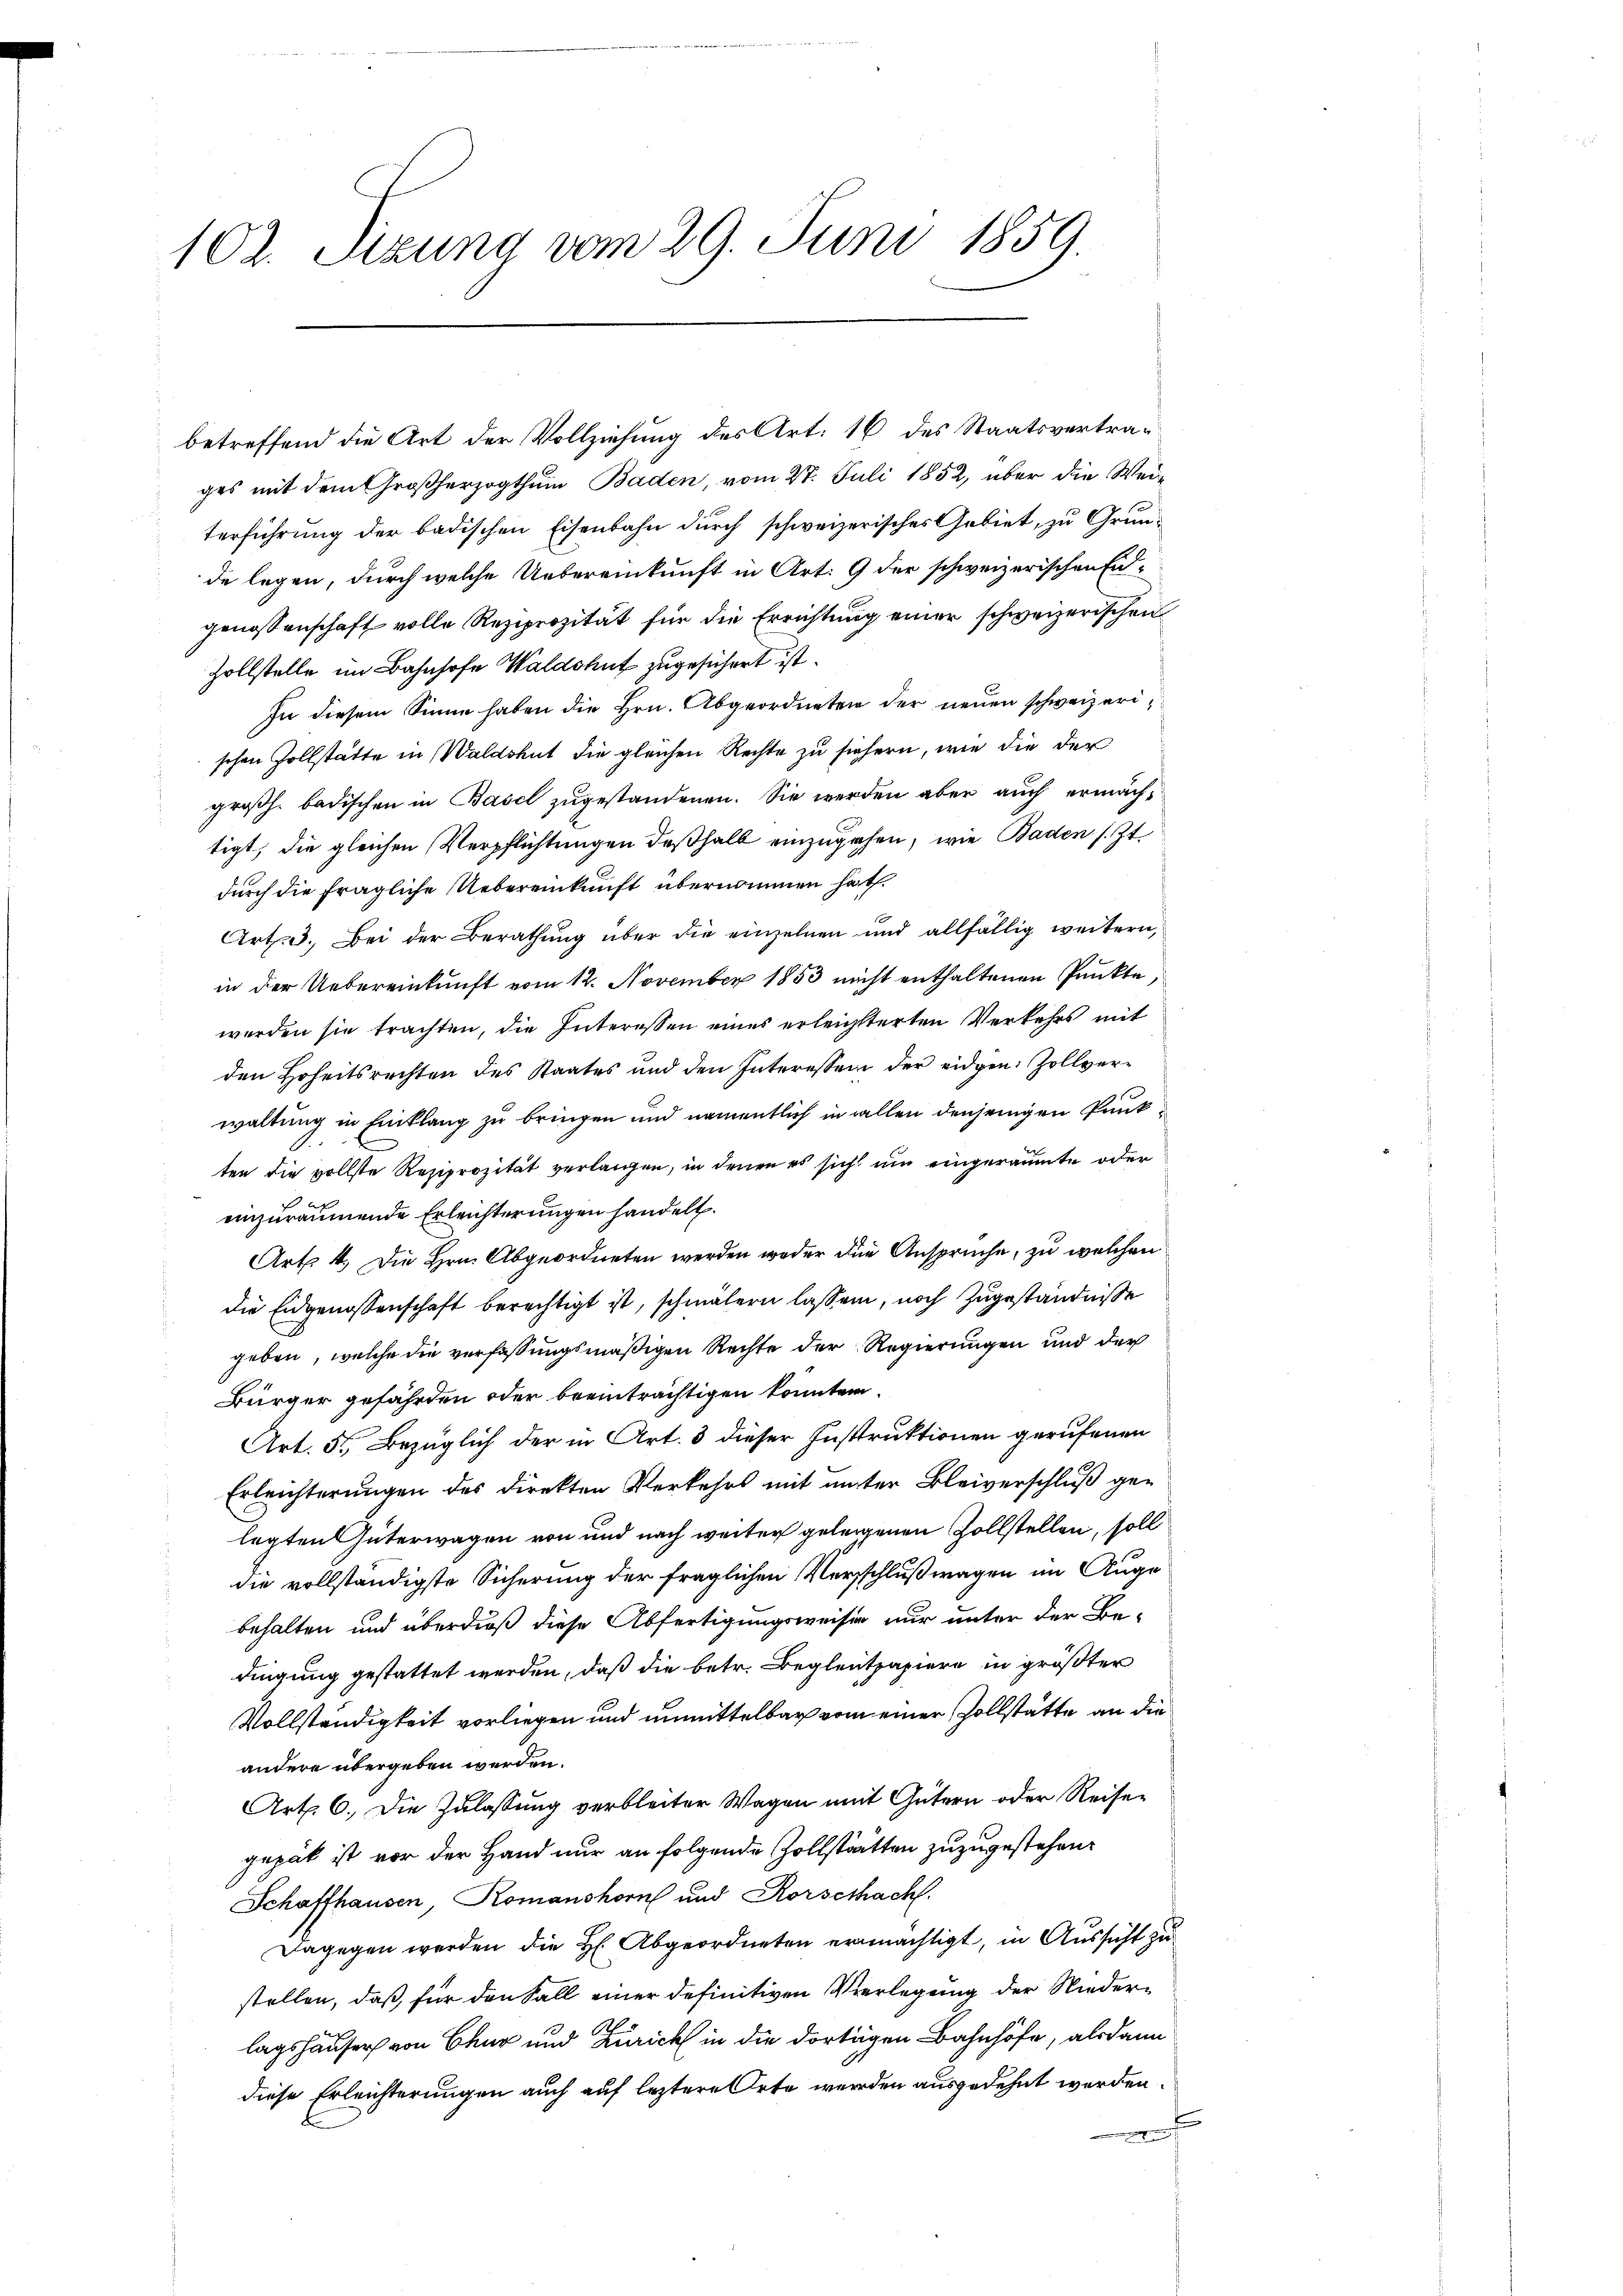
102. Sizung vom 29. Juni 1859.

betreffend die Art der Vollziehung des Art. 16 des Staatsvertrages mit dem Großherzogthum Baden, vom 27. Juli 1852, über die Weiterführung der badischen Eisenbahn durch schweizerisches Gebiet, zu Grunde legen, durch welche Uebereinkunft in Art. 9 der schweizerischen Engenossenschaft volle Reziprozität für die Errichtung einer schweizerischen
Zollstelle im Bahnhofe Waldshut zugesichert ist.
In diesem Sinne haben die Hrn. Abgeordneten der neuen schweizerischen Zollstätte in Waldshut die gleichen Rechte zu sichern, wie die der
großh. badischen in Basel zugestandenen. Sie werden aber auch ermächtigt, die gleichen Verpflichtungen deßhalb einzugehen, wie Baden s. Zt.
durch die fragliche Uebereinkunft übernommen hat.
Art. 3. Bei der Berathung über die einzelnen und allfällig weitern,
in der Uebereinkunft vom 12. November 1853 nicht enthaltenen Punkte
werden sie trachten, die Interessen eines erleichtterten Verkehrs mit
den Hoheitsrechten des Staates und den Interessen der eidgen. Zollverwaltung in Einklang zu bringen und namentlich in allen denjenigen Punkten die vollste Resiprozität verlangen, in denen es sich um eingeräumte oder
einzuräumende Erleichterungen handelt.
Art. 4. Die Hrn. Abgeordneten werden weder die Ansprüche, zu welchen
die Eidgenossenschaft berechtigt ist, schmälern lassen, noch Zugeständnisse
geben, welche die verfassungsmäßigen Rechte der Regierungen und der
Bürger gefährden oder beeinträchtigen konnten.
Art. 5. Bezüglich der in Art. 3 dieser Instruktionen gerufenen
Erleichterungen des Direkten Verkehrs mit unter Bleiverschluß gelegten Güterwagen von und nach weiter geleigenen Zollstellen, soll
die vollständigste Sicherung der fraglichen Verschluß wagen im Auge
behalten und überdieß diese Abfertigungsweisen nur unter der Bedingung gestattet werden, daß die betr. Begleitpapiere in größter
Vollständigkeit vorliegen und unmittelbar vom einer Zollstätte an die
andere übergeben werden.
Art. 6. Die Zulassung verbleiter Wagen mit Gütern oder Reiser
gepät ist vor der Hand nur an folgende Zollstätten zuzugestehen.
Schaffhausen, Komanshorn und Korschach.
Dagegen werden die H: Abgeordneten ermächtigt, in Aussicht zu
stellen, daß für den Fall einer definitiven Verlegung der Niederlagshauser von Chur und Zürich in die dortigen Bahnhöfe, alsdann
diese Erleichterungen auch auf leztere Orte werden ausgedehnt werden.
t